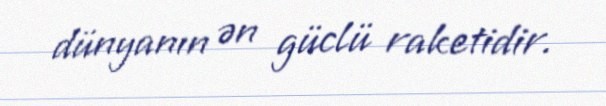
dünyanın ən güclü raketidir.